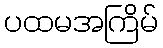
ပထမအကြိမ်